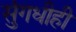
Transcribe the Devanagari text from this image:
सुंगधीही